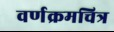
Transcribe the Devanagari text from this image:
वर्णक्रमचित्र